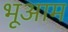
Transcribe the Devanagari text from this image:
भूआम